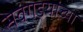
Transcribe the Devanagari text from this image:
सवंगडयांच्या